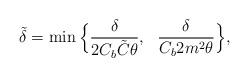
LaTeX: \begin{align*}\tilde{\delta}=\min\Big\{\frac{\delta}{2C_{b} \tilde{C}\theta},~~\frac{\delta}{C_{b}2m^{2}\theta}\Big\},\end{align*}